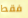
فقط